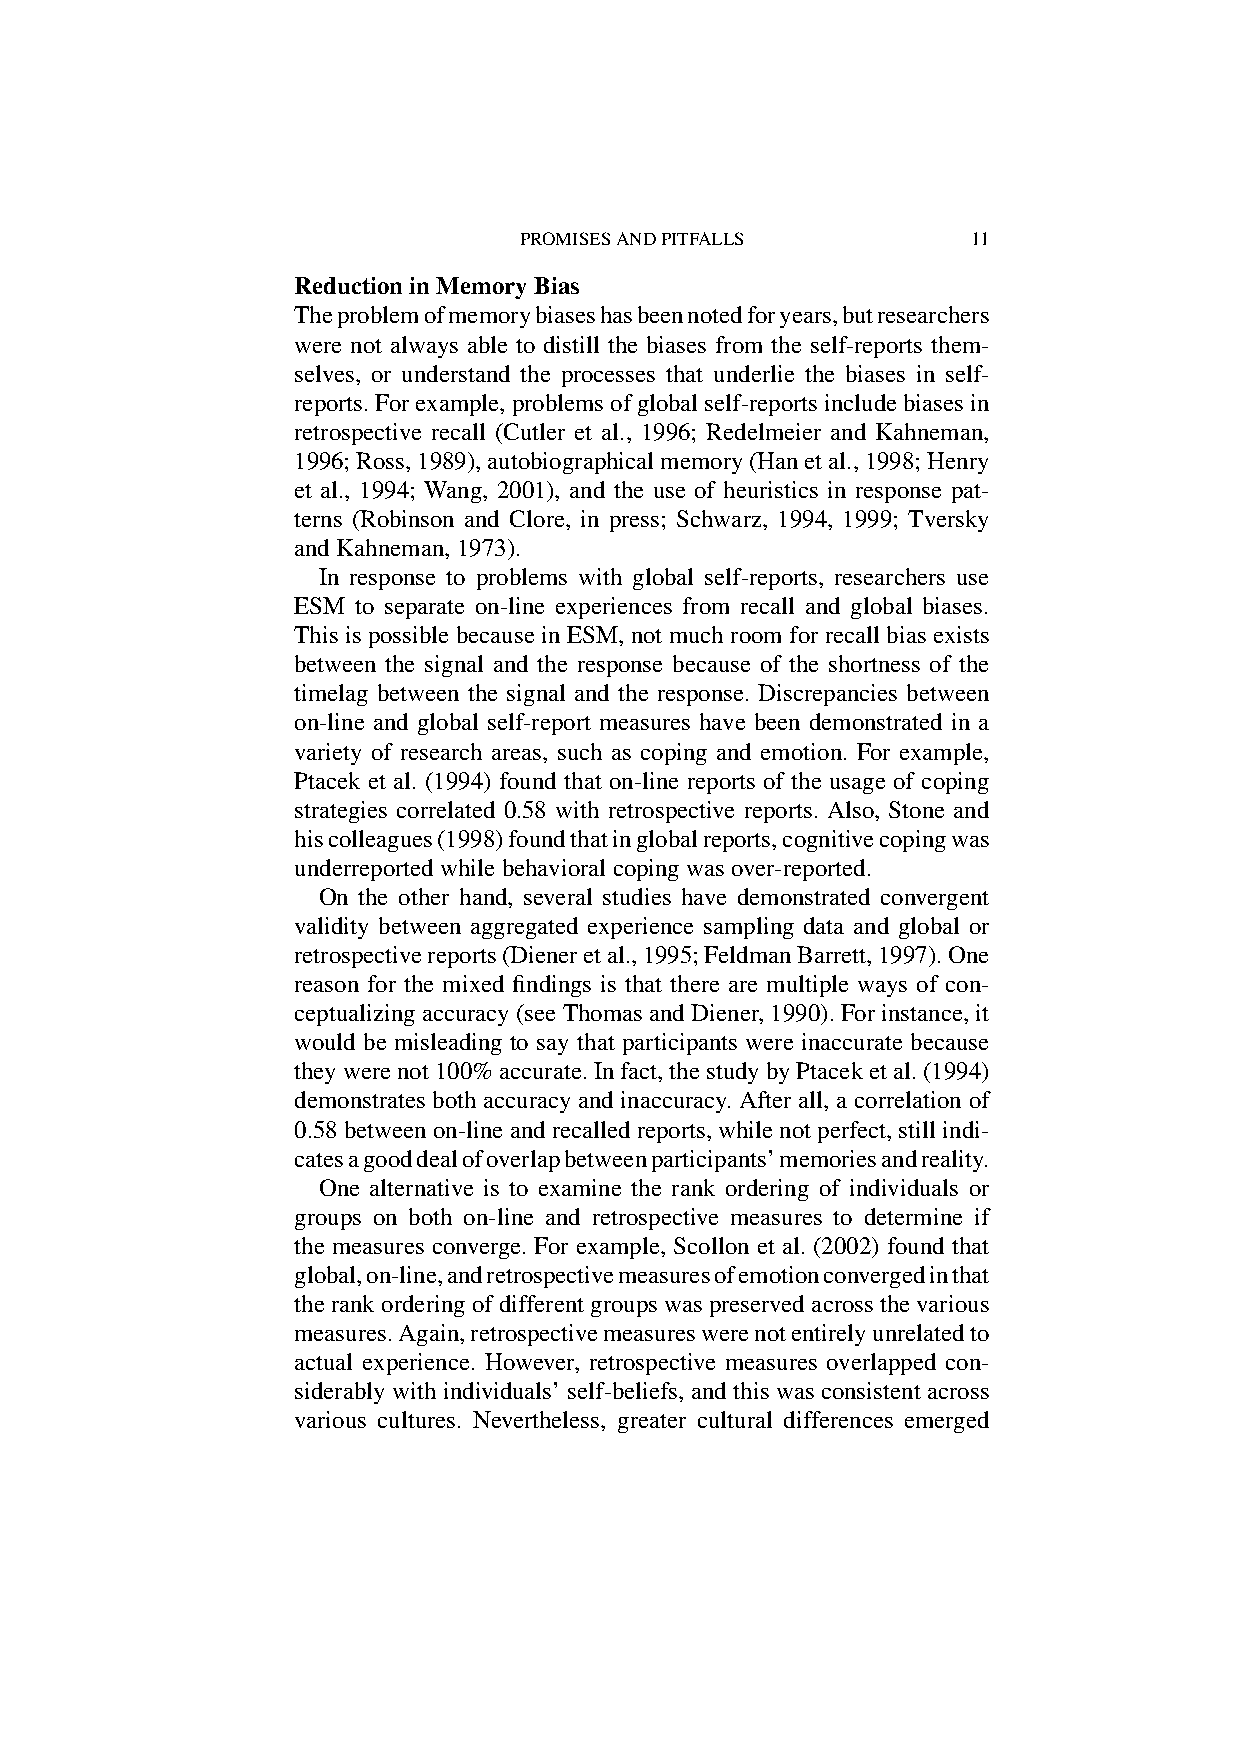
PROMISESANDPITFALLS           11
 ReductioninMemoryBias
 Theproblemofmemorybiaseshasbeennotedforyears,butresearchers
 were not always able to distill the biases from the self-reports them-
 selves, or understand the processes that underlie the biases in self-
 reports.Forexample,problemsofglobalself-reportsincludebiasesin
 retrospective recall (Cutler et al., 1996; Redelmeier and Kahneman,
 1996;Ross,1989),autobiographicalmemory(Hanetal.,1998;Henry
 et al., 1994; Wang, 2001), and the use of heuristics in response pat-
 terns (Robinson and Clore, in press; Schwarz, 1994, 1999; Tversky
 andKahneman,1973).
 In response to problems with global self-reports, researchers use
 ESM to separate on-line experiences from recall and global biases.
 This is possible because in ESM, not much room for recall bias exists
 between the signal and the response because of the shortness of the
 timelag between the signal and the response. Discrepancies between
 on-line and global self-report measures have been demonstrated in a
 variety of research areas, such as coping and emotion. For example,
 Ptacek et al. (1994) found that on-line reports of the usage of coping
 strategies correlated 0.58 with retrospective reports. Also, Stone and
 hiscolleagues(1998)foundthatinglobalreports,cognitivecopingwas
 underreportedwhilebehavioralcopingwasover-reported.
 On the other hand, several studies have demonstrated convergent
 validity between aggregated experience sampling data and global or
 retrospectivereports(Dieneretal.,1995;FeldmanBarrett,1997).One
 reason for the mixed findings is that there are multiple ways of con-
 ceptualizingaccuracy(seeThomasandDiener,1990).Forinstance,it
 would be misleading to say that participants were inaccurate because
 theywerenot100%accurate.Infact,thestudybyPtaceketal.(1994)
 demonstrates both accuracy and inaccuracy. After all, a correlation of
 0.58betweenon-lineandrecalledreports,whilenotperfect,stillindi-
 catesagooddealofoverlapbetweenparticipants’memoriesandreality.
 One alternative is to examine the rank ordering of individuals or
 groups on both on-line and retrospective measures to determine if
 the measures converge. For example, Scollon et al. (2002) found that
 global,on-line,andretrospectivemeasuresofemotionconvergedinthat
 therankorderingofdifferentgroupswaspreservedacrossthevarious
 measures.Again,retrospectivemeasureswerenotentirelyunrelatedto
 actual experience. However, retrospective measures overlapped con-
 siderably with individuals’ self-beliefs, and this was consistent across
 various cultures. Nevertheless, greater cultural differences emerged